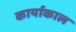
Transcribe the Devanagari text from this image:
कार्याकाल